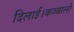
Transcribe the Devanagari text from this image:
दिलाई।कव्वालों